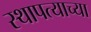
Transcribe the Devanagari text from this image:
स्थापत्याच्या